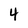
Character: 4